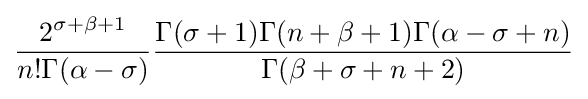
{\frac {2^{\sigma +\beta +1}}{n!\Gamma (\alpha -\sigma )}}{\frac {\Gamma (\sigma +1)\Gamma (n+\beta +1)\Gamma (\alpha -\sigma +n)}{\Gamma (\beta +\sigma +n+2)}}